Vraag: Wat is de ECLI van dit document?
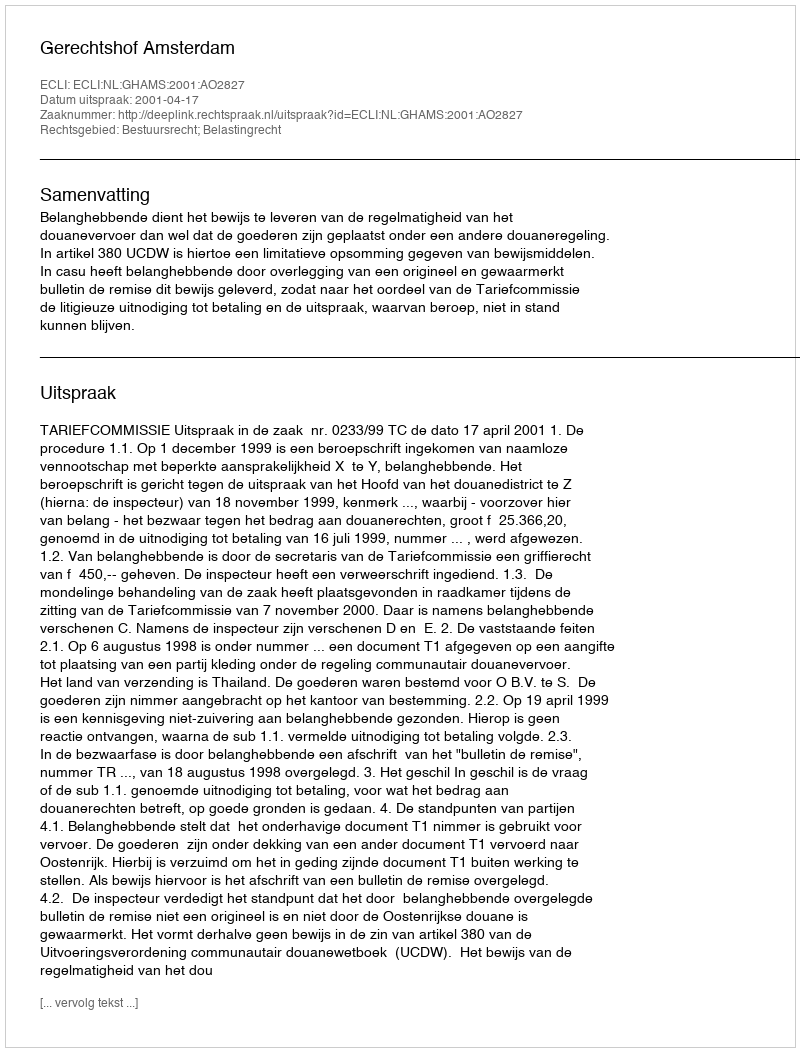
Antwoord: ECLI:NL:GHAMS:2001:AO2827